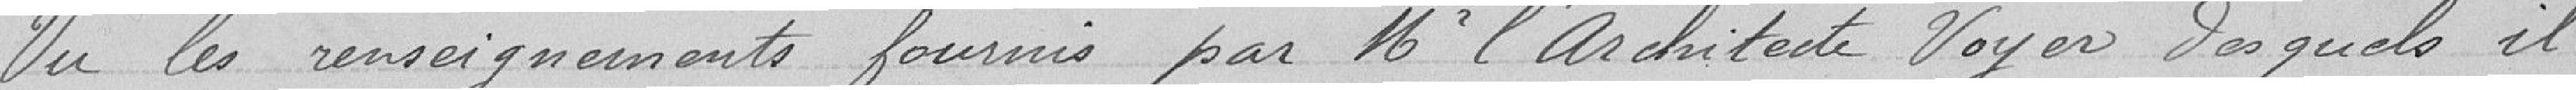
Vu les renseignements fournis par Mr l'Architecte Voyer desquels il